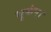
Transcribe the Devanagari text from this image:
भूकंप।